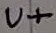
Text: U+